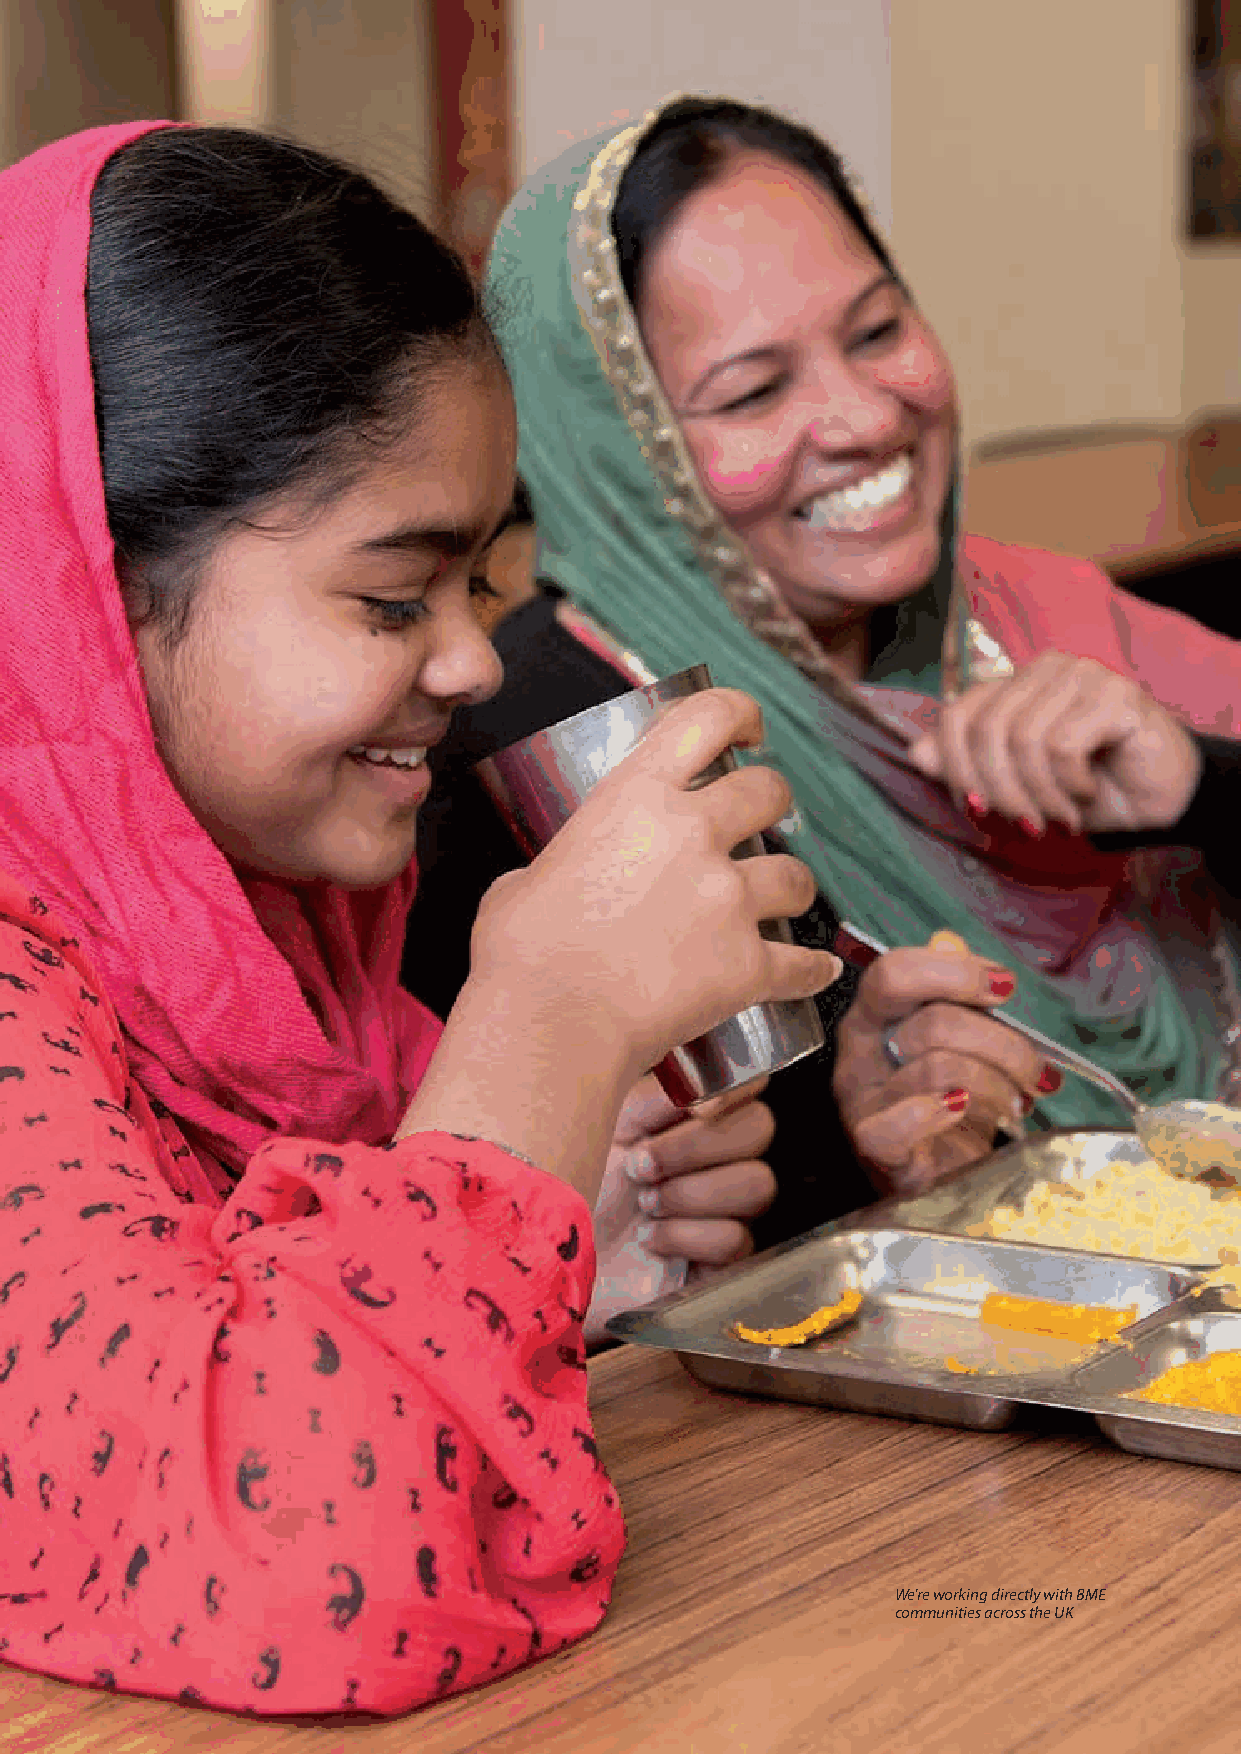
We’re working directly with BME
 communities across the UK